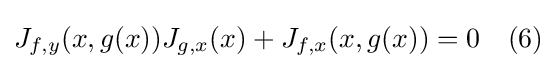
J_{f,y}(x,g(x))J_{g,x}(x)+J_{f,x}(x,g(x))=0\quad (6)